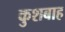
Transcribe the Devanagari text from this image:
कुशबाह